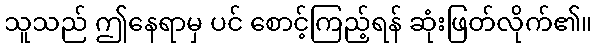
သူသည် ဤနေရာမှ ပင် စောင့်ကြည့်ရန် ဆုံးဖြတ်လိုက်၏။